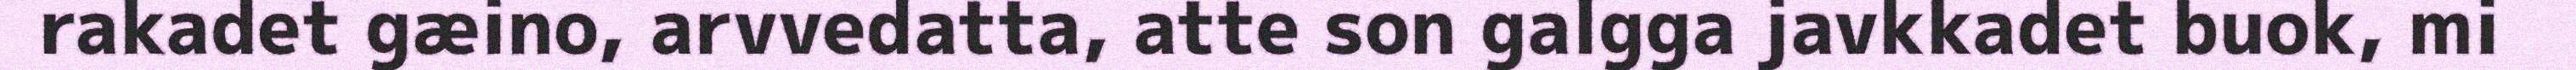
rakadet gæino, arvvedatta, atte son galgga javkkadet buok, mi